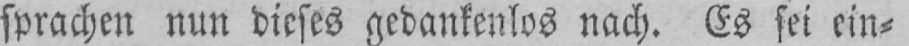
sprachen nun dieses gedankenlos nach. Es sei ein⸗